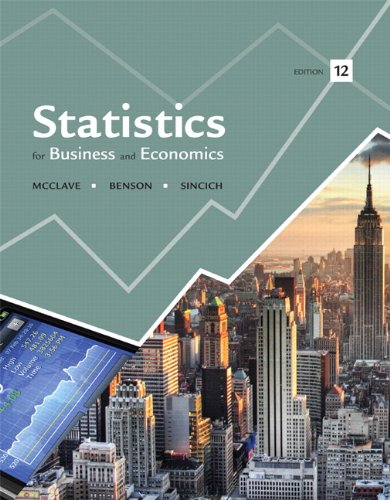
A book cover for Statistics for Business and Economics (12th Edition); James T. McClave; Science & Math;